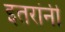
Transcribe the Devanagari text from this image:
इतरांनीं